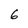
Character: 6